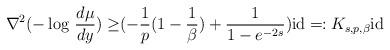
LaTeX: \begin{align*}\nabla^2 (-\log\, \frac{d\mu}{dy})\ge& ( - \frac1p(1-\frac1\beta) + \frac{1}{1-e^{-2s}}) \mathrm{id}\eqqcolon K_{s,p, \beta} \mathrm{id}\end{align*}